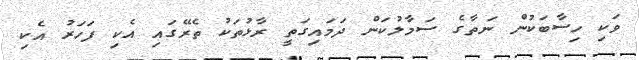
ވަކި ހިސާބަކުން ނަތާގެ ސަމާލުކަން ދަމައިގަތީ ރާޅުތަކު ތެރޭގައި އެކި ފަހަރު އެކި